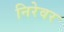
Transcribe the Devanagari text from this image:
निरेवर